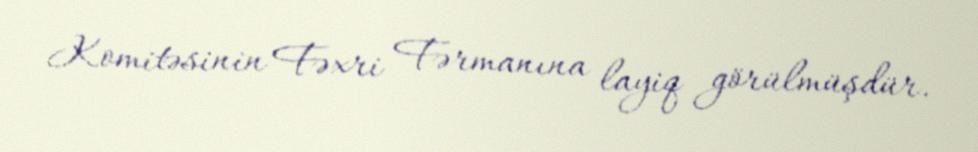
Komitəsinin Fəxri Fərmanına layiq görülmüşdür.